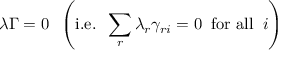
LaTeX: { \boldsymbol { \lambda \Gamma } } = 0 \; \; \left( { \mathrm { i . e . } } \; \; \sum _ { r } \lambda _ { r } \gamma _ { r i } = 0 \; \; { \mathrm { f o r ~ a l l } } \; \; i \right)